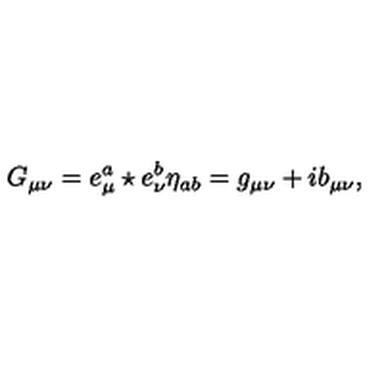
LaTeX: G _ { \mu \nu } = e _ { \mu } ^ { a } \star e _ { \nu } ^ { b } \eta _ { a b } = g _ { \mu \nu } + i b _ { \mu \nu } ,